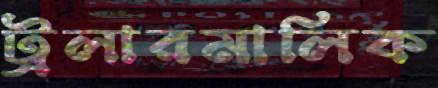
ট্রলারমালিক